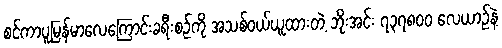
စင်ကာပူမြန်မာလေကြောင်းခရီးစဉ်ကို အသစ်ဝယ်ယူထားတဲ့ ဘိုးအင်း ၇၃၇၈၀၀ လေယာဉ်နဲ့